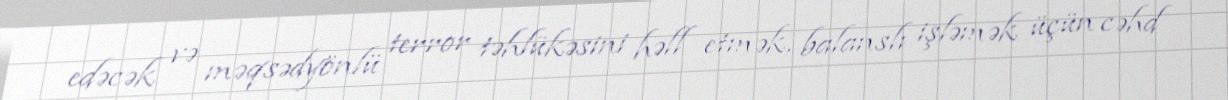
edəcək və məqsədyönlü terror təhlükəsini həll etmək, balanslı işləmək üçün cəhd